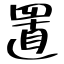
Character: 置